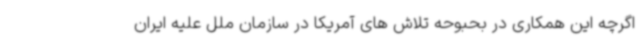
اگرچه این همکاری در بحبوحه تلاش های آمریکا در سازمان ملل علیه ایران